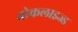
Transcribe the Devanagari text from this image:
वोकलाइज्ड